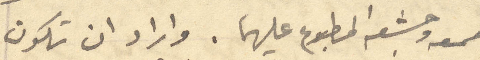
طمعه وجشعه المطبوع عليهما. واراد ان تكون